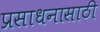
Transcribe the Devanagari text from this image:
प्रसाधनासाठी